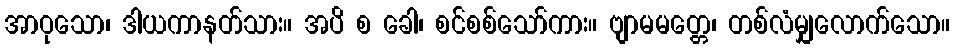
အာဝုသော၊ ဒါယကာနတ်သား။ အပိ စ ခေါ၊ စင်စစ်သော်ကား။ ဗျာမမတ္တေ၊ တစ်လံမျှလောက်သော။